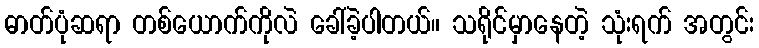
ဓာတ်ပုံဆရာ တစ်ယောက်ကိုလဲ ခေါ်ခဲ့ပါတယ်။ သရိုင်မှာနေတဲ့ သုံးရက် အတွင်း